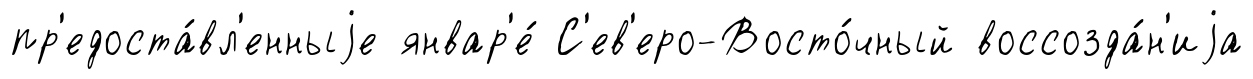
пр'едоста́вл'енныjе январ'е́ С'ев'еро-Восто́чный воссозда́н'иjа